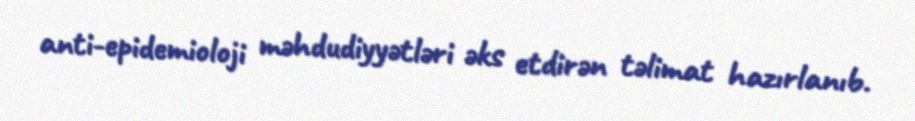
anti-epidemioloji məhdudiyyətləri əks etdirən təlimat hazırlanıb.